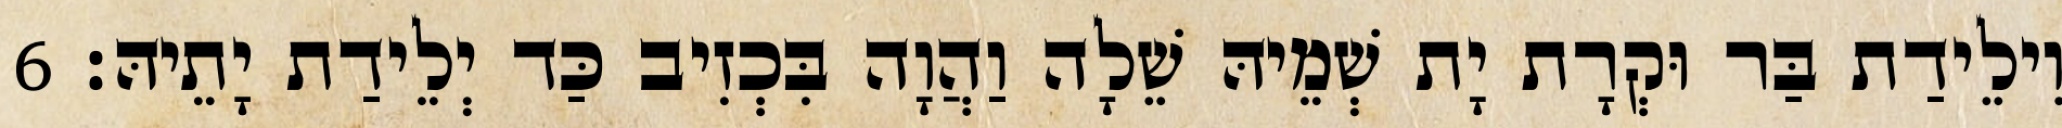
וִילֵידַת בַּר וּקְרָת יָת שְׁמֵיהּ שֵׁלָה וַהֲוָה בִּכְזִיב כַּד יְלֵידַת יָתֵיהּ׃ 6